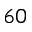
6 0